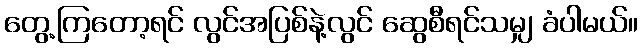
တွေ့ကြတော့ရင် လွင်အပြစ်နဲ့လွင် ဆွေစီရင်သမျှ ခံပါမယ်။